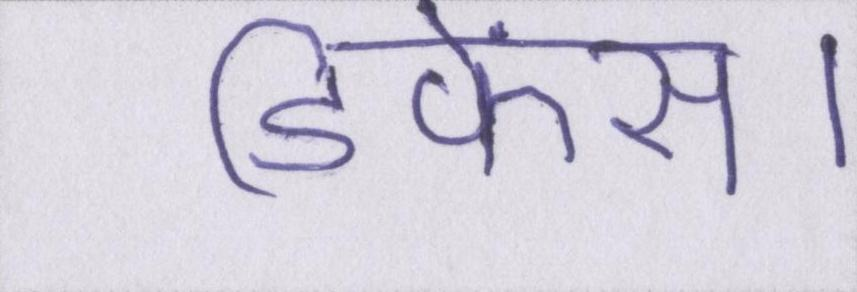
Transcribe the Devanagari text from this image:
डिफेंस।